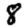
Digit: 8